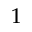
1